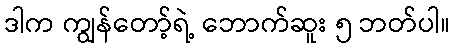
ဒါက ကျွန်တော့်ရဲ့ ဘောက်ဆူး ၅ ဘတ်ပါ။